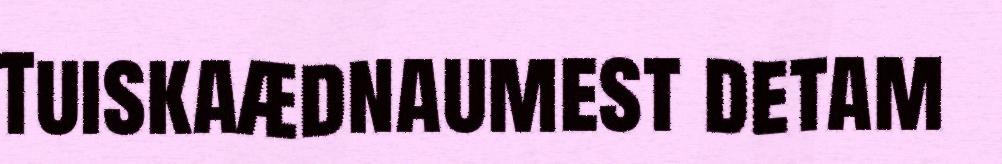
Tuiskaædnaumest detam